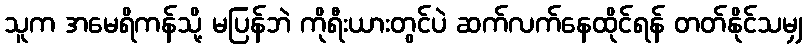
သူက အမေရိကန်သို့ မပြန်ဘဲ ကိုရီးယားတွင်ပဲ ဆက်လက်နေထိုင်ရန် တတ်နိုင်သမျှ